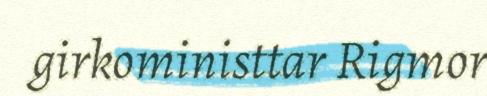
girkoministtar Rigmor